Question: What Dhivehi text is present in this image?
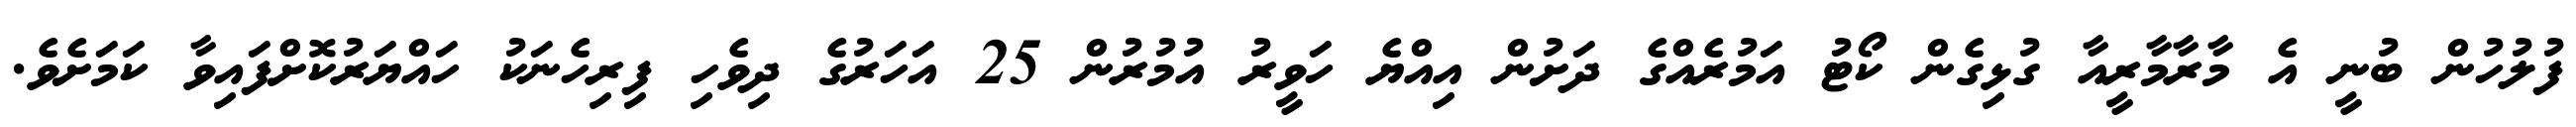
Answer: ފުލުހުން ބުނީ އެ މާރާމާރީއާ ގުޅިގެން ކޯޓު އަމުރެއްގެ ދަށުން އިއްޔެ ހަވީރު އުމުރުން 25 އަހަރުގެ ދިވެހި ފިރިހެނަކު ހައްޔަރުކޮށްފައިވާ ކަމަށެވެ.